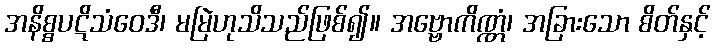
အနိစ္စပဋိသံဝေဒီ၊ မမြဲဟုသိသည်ဖြစ်၍။ အဗ္ဗောကိဏ္ဏံ၊ အခြားသော စိတ်နှင့်